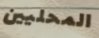
المحليين